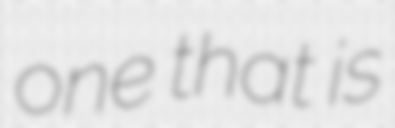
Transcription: one that is